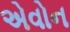
એવોન